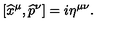
[ \widehat { x } ^ { \mu } , \widehat { p } ^ { \nu } ] = i \eta ^ { \mu \nu } .